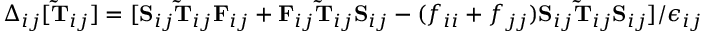
\Delta _ { i j } [ \mathbf { \widetilde { T } } _ { i j } ] = [ \mathbf { S } _ { i j } \mathbf { \widetilde { T } } _ { i j } \mathbf { F } _ { i j } + \mathbf { F } _ { i j } \mathbf { \widetilde { T } } _ { i j } \mathbf { S } _ { i j } - ( f _ { i i } + f _ { j j } ) \mathbf { S } _ { i j } \mathbf { \widetilde { T } } _ { i j } \mathbf { S } _ { i j } ] / \epsilon _ { i j }